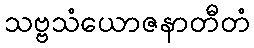
သဗ္ဗသံယောဇနာတီတံ